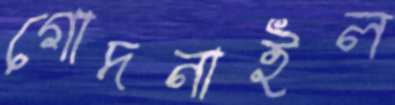
গোদনাইল